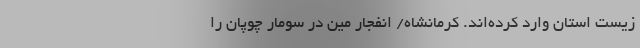
زیست استان وارد کرده‌اند. کرمانشاه/ انفجار مین در سُومار چوپان را